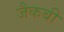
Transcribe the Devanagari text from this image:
जैकबी